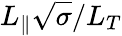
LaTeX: L_{\parallel}\sqrt{\sigma}/L_{T}